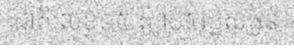
ជាតិលេខ០៥ ស្លាប់៥របួសធ្ងន់